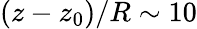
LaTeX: (z-z_{0})/R\sim 10